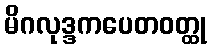
မိဂလုဒ္ဒကပေတဝတ္ထု